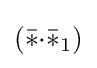
({\bar {*}}{\cdot }{\bar {*}}_{1})